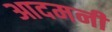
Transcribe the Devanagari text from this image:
आदमनी